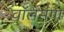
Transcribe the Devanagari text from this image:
वॉलसंगा